Leaving Certificate, 1896
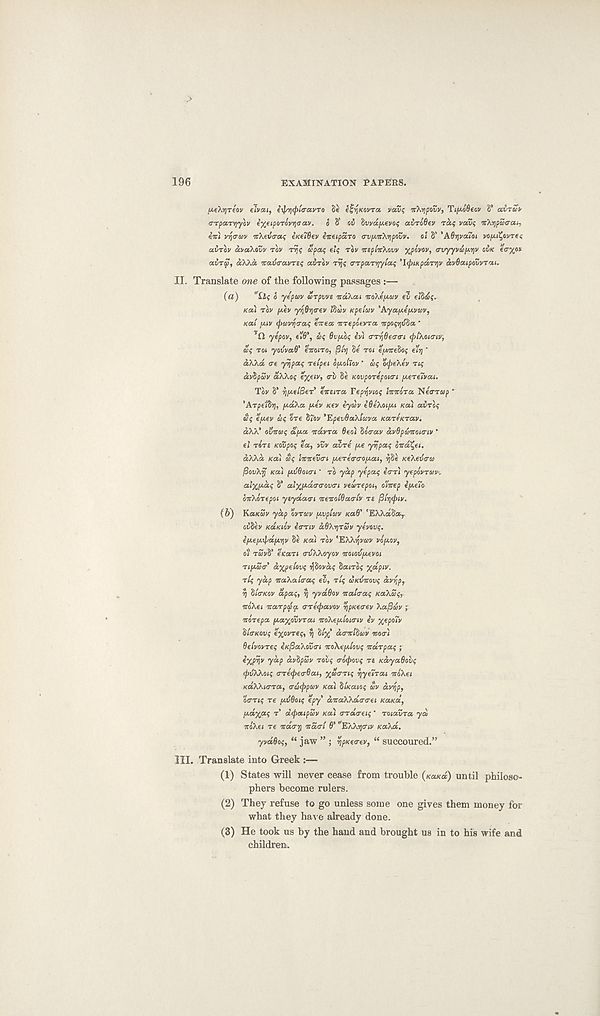
196
EXAMINATION TAPERS.
//.eXvjTeov eivou, iipri<pitrccvTO 8e e^KovTa vatic, icXrjpovv, TifAoOeov S’ avrav
crTpocTyyov exeipoTorrioav. a 8' ai 'bwocpevos avroQev T«$ votiq <ir'hY)pZ<ra.i,
in) vvjaav nXetStraq ixeTOev inttpara trvpanX’ripovv. of 8’ 'ABvjvaToi vopityvTei;
atirov ccvotXQvv rov rrjq apaq elf rev irepmXovv yjpivav, (ruyyvw/Aijv WK eayai
avrS, ah'ha. notia-avref otirlv rvjf crrparYiyla.f 'IcpmpaTViv avOoupovvraci.
II. Translate one of the following passages :—
(a)
"£lf o ye'pav urpvve nakou noXepcav el ei’8«6$.
KO.) rov paev 'yffi^rev iSoav xpelav ’’Aya.fAept.vuv,
Kal fA.iv (pavrirraf eneoc nrepoevrac npofrpjba, ‘
’O yepov, tifl’, aif 8vpA.of ev) erryOeariri <plXoi<nv,
af rot yovvacQ’ eicoira, (3«j 8e roi e/jmehof e'lrj ’
aXXd re yypaf reipei ofA-oliov' £if o<pe\ev rtf
dvbpSv aXXof e%etv, <rv 8e Kovporepotrt fAeretvat.
Toy 8* rjfA.etBer eiretrot Fepyvtof initorat Neo-reap •
'Arpe’tZrj, pnaXa ft-ev icev eyav iBeXotfu KOU avrlf
uq e[A.ev of ore Sfoy 'EpevBa/Jova, tearetera,v.
dXX’ ovnaf afoot ndvrot Oeo) SoVav avOpunotciv ’
el rort Kovpof eat, vvv dire poe yypotf oicdX,et.
aXXd. tea.) of tnicevri /Aerera-Oftat, ^8e KeXeiro
fiovXy KO) foiBoiri ‘ ro yap yepaf err) yepLvrov.
al%f/.df S’ al^fAtarrovri veurepot, ilnep epoeTo
oirXorepot yeydart rcenolBariv re fitfcpiv.
(b) KUKOV yap ovrov (Jtvplov KUO' 'EXXctSa,
ov8ey KatKiov errtv a.6Xr\rav yevovf.
eftefoipdfAriv 8e Ka) rov 'EXXijyav voptov,
a? T5V8’ eicart rvXXoyov Trotoifoevoi
ripoor a%pe(ovf yiovdf Satrof x^P tv -
rtf yap icaXalraf el, rlf oKvnovf dvfip,
r) VtrKov apaf, rj yvdBov italraf KaXZf,
otoXet narpay, rretpavov rjpKerev Xafidv ;
norepa foaxovvrat noXefotoirtv ev %epo7v
dlrKovf exovref, y 8/jg’ drntbuv nor)
Qelvovref eKfiaXovn noXefotovf ordrpaf ;
iXPW yap dvlpav rolf rotpavf re KayaOovf
(pvXkotf rre<j>er6at, x^r“; r/yetrat noXet
KaXXtrra, rutppav Ka) hUatof ov didjp,
orrtf re fovOotf epy dnaXXdrret KaKa,
foaxaf T* depatpov Ka) rrdretf ' rotavra yd
noXet re ndrrj ndrt 6’ EXX^rtv KaXd.
yvdOof, “ jaw ” ; ypKerev, “ succoured.”
III. Translate into Greek :—
(1) States will never cease from trouble (KUKU) until philoso-
phers become rulers.
(2) They refuse to go unless some one gives them money for
what they have already done.
(3) He took us by the hand and brought us in to his wife and
children.